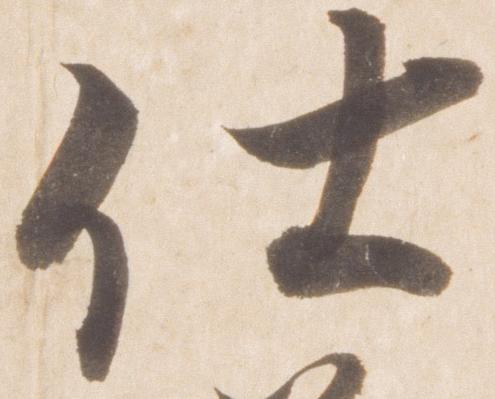
仕